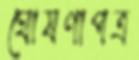
ঘোষণাপত্র